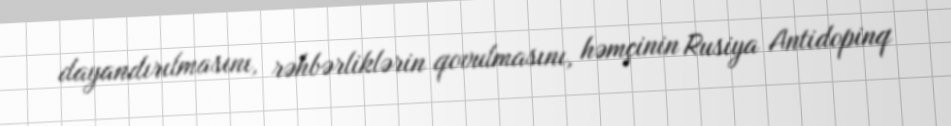
dayandırılmasını, rəhbərliklərin qovulmasını, həmçinin Rusiya Antidopinq